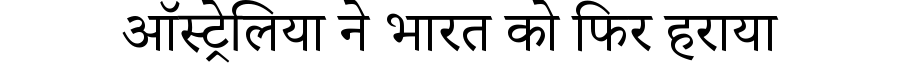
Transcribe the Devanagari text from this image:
ऑस्ट्रेलिया ने भारत को फिर हराया